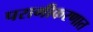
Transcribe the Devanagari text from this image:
परागीकरणात